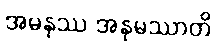
အမနုဿ အနုမဿာတိ